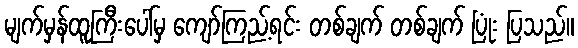
မျက်မှန်ထူကြီးပေါ်မှ ကျော်ကြည့်ရင်း တစ်ချက် တစ်ချက် ပြုံး ပြသည်။